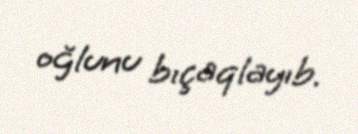
oğlunu bıçaqlayıb.